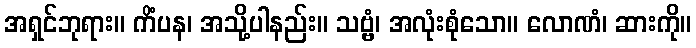
အရှင်ဘုရား။ ကိံပန၊ အသို့ပါနည်း။ သဗ္ဗံ၊ အလုံးစုံသော။ လောဏံ၊ ဆားကို။